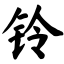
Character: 铃